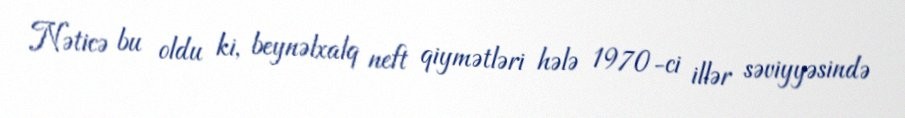
Nəticə bu oldu ki, beynəlxalq neft qiymətləri hələ 1970-ci illər səviyyəsində